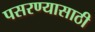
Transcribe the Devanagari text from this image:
पसरण्यासाठी